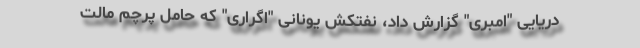
دریایی "امبری" گزارش داد، نفتکش یونانی "اگراری" که حامل پرچم مالت